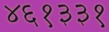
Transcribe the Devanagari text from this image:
४६१३३१